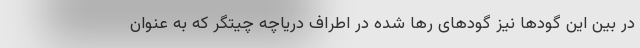
در بین این گودها نیز گودهای رها شده در اطراف دریاچه چیتگر که به عنوان